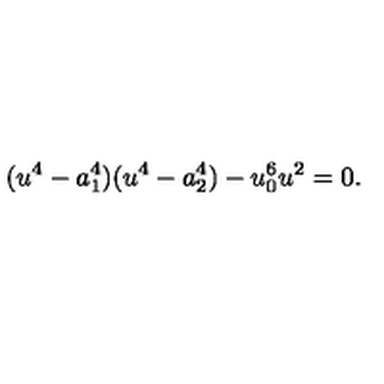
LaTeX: ( u ^ { 4 } - a _ { 1 } ^ { 4 } ) ( u ^ { 4 } - a _ { 2 } ^ { 4 } ) - u _ { 0 } ^ { 6 } u ^ { 2 } = 0 .